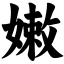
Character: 嫩